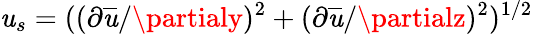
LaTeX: \mathit{u}_{s}=((\partial\overline{{{\mathit{u}}}}/\partialy)^{2}+(\partial\overline{{{\mathit{u}}}}/\partialz)^{2})^{1/2}